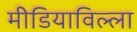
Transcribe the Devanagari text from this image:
मीडियाविल्ला